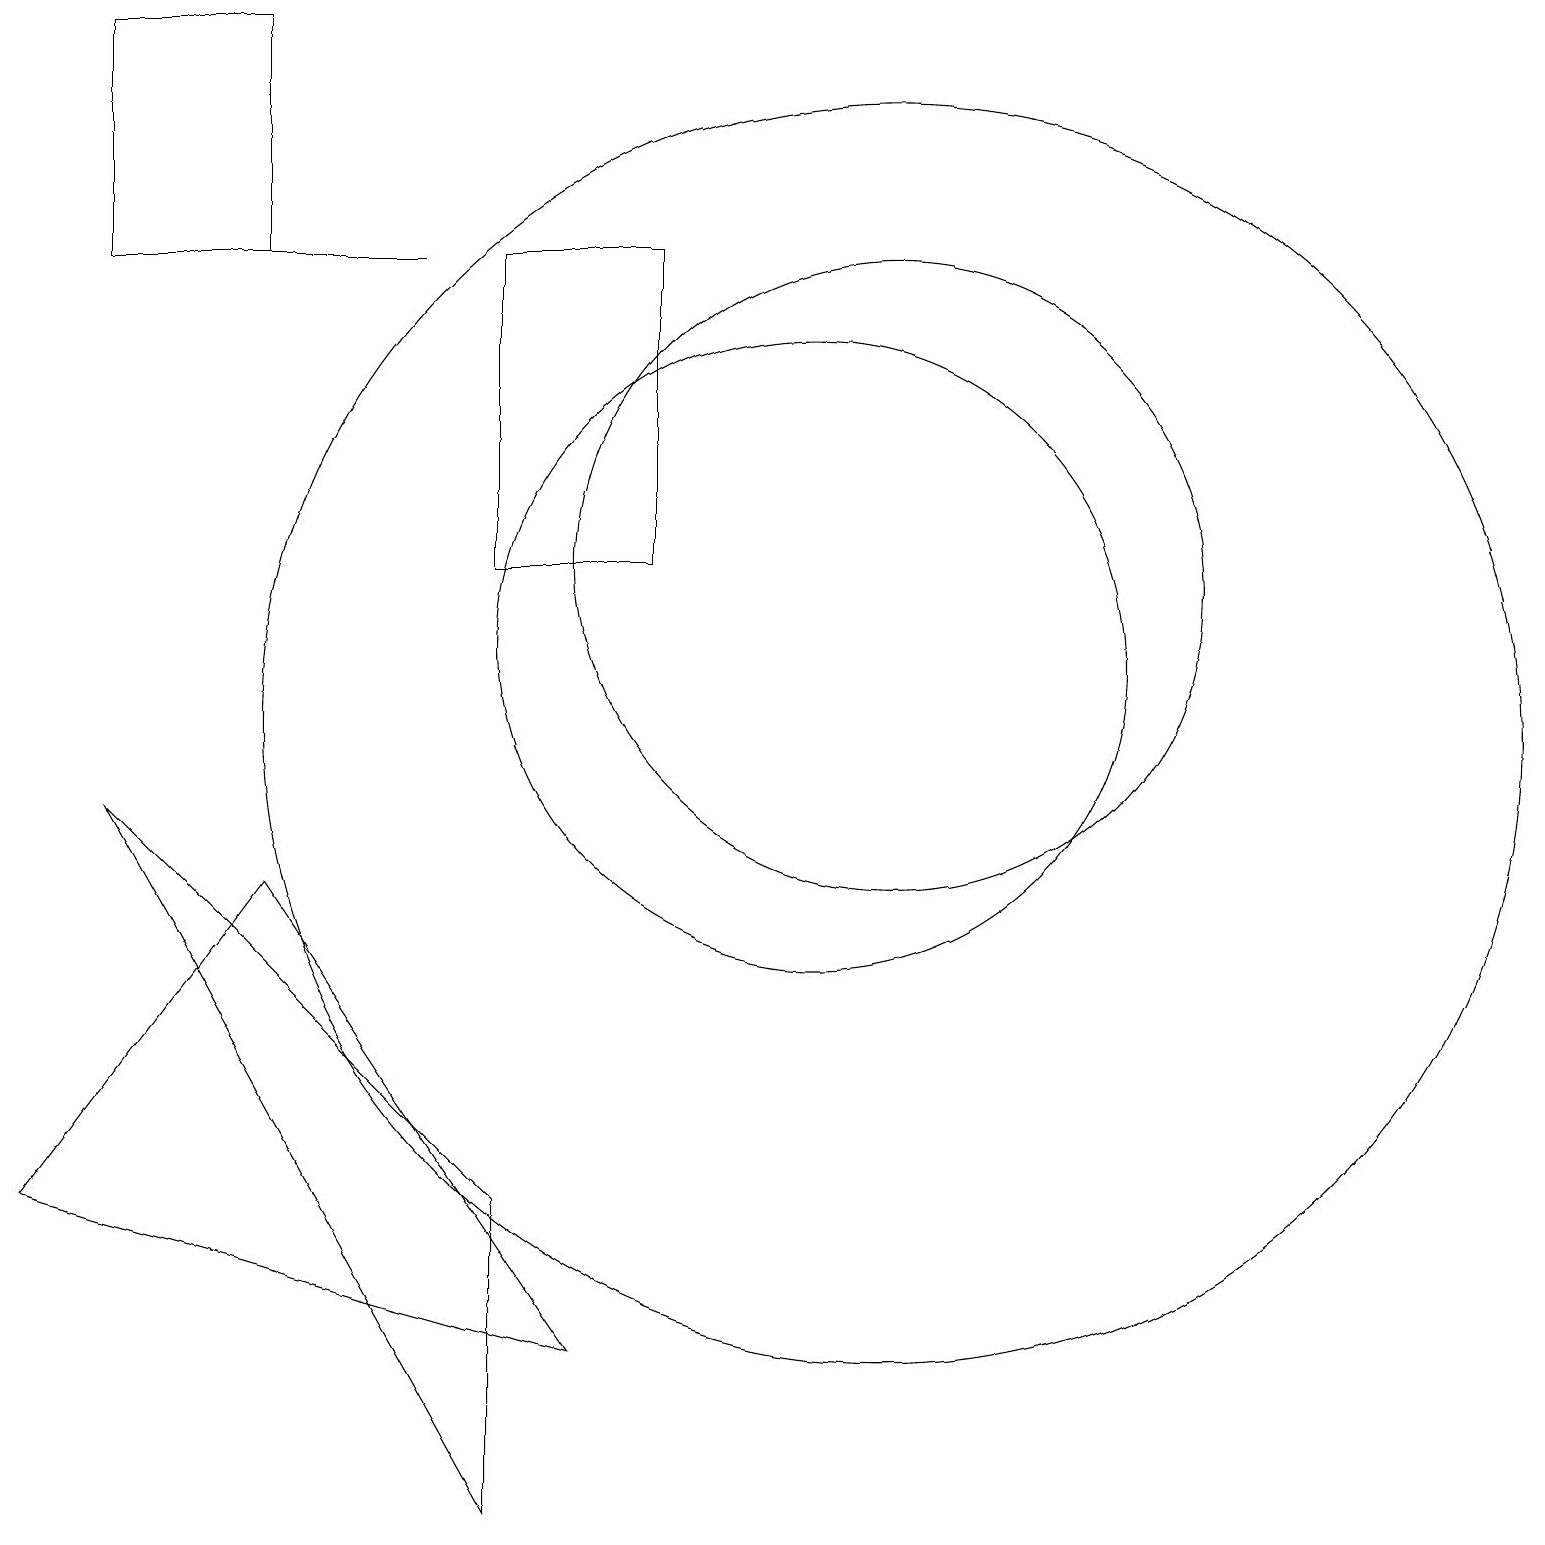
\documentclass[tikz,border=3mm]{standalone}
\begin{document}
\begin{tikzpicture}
\draw (8,16) rectangle (6,12);
\draw (5,16) rectangle (1,16);
\draw (6,4) -- (6,0) -- (1,9) -- cycle;
\draw (1,16) rectangle (3,19);
\draw (10,11) circle (4);
\draw (11,12) circle (4);
\draw (11,10) circle (8);
\draw (0,4) -- (7,2) -- (3,8) -- cycle;
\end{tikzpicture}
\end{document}